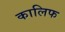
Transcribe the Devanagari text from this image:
कालिफ